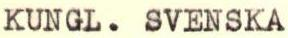
KUNGL. SVENSKA